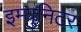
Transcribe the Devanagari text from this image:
इम्युनिटर